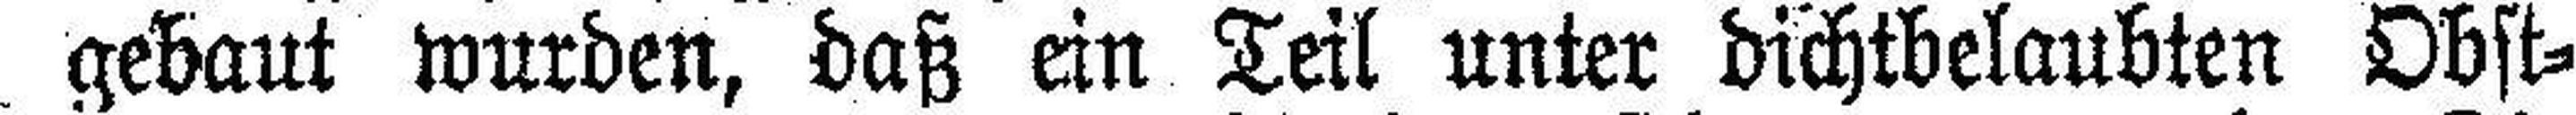
gebaut wurden, daß ein Teil unter dichtbelaubten Obst¬